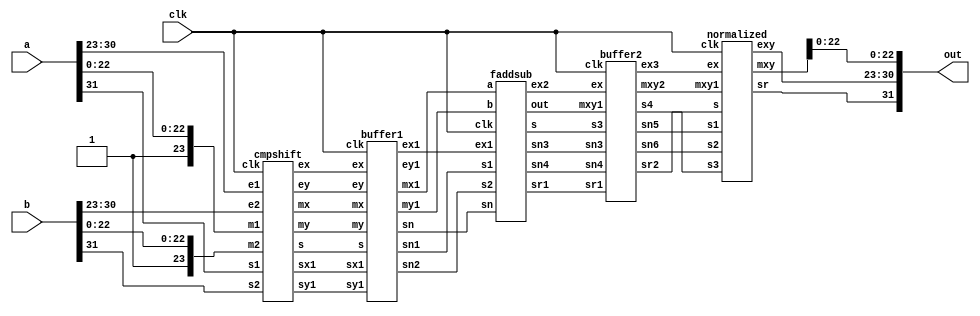
module fpadd(a,b,clk,out);
input[31:0]a,b;
input clk;
output [31:0]out;
wire [7:0]e1,e2,ex,ey,exy,ex1,ey1,ex2,ex3;
wire s1,s2,s,s3,sr,sn,s4,sx1,sy1,sn1,sn2,sn3,sn4,sr1,sr2,sn5,sn6;
wire [23:0]m1,m2,mx,my,mxy,mx1,my1;
wire [24:0]mxy1,mxy2;
assign s1=a[31];
assign s2=b[31];
assign e1=a[30:23];
assign e2=b[30:23];
assign m1[23]=1'b1;
assign m2[23]=1'b1;
assign m1[22:0]=a[22:0];
assign m2[22:0]=b[22:0];


//submodule for compare and shfit
cmpshift as(e1[7:0],e2[7:0],s1,s2,m1[23:0],m2[23:0],clk,ex,ey,mx,my,s,sx1,sy1);

buffer1 buff1(ex,ey,sx1,sy1,mx,my,s,clk,ex1,ey1,mx1,my1,sn,sn1,sn2);

//sub module for mantissa addition snd subtraction
faddsub as1(mx1,my1,sn1,sn2,sn,ex1,clk,mxy1,ex2,sn3,sn4,s3,sr1);

buffer2 buff2(mxy1,s3,sr1,ex2,sn3,sn4,clk,mxy2,ex3,sn5,sn6,s4,sr2);

//sub module for normalization
normalized as2(mxy2,sr2,sn5,sn6,s4,clk,ex3,sr,exy,mxy);

assign out={sr,exy,mxy[22:0]};

endmodule

module buffer2(mxy1,s3,sr1,ex,sn3,sn4,clk,mxy2,ex3,sn5,sn6,s4,sr2);
input [24:0]mxy1;
input s3,clk,sr1,sn3,sn4;
input [7:0]ex;
output reg[24:0]mxy2;
output reg[7:0]ex3;
output reg s4,sn5,sn6,sr2;
always@(posedge clk)
begin
    sr2=sr1;
    sn5=sn3;
    sn6=sn4;
    ex3=ex;
    mxy2=mxy1;
    s4=s3;
end
endmodule

module buffer1(ex,ey,sx1,sy1,mx,my,s,clk,ex1,ey1,mx1,my1,sn,sn1,sn2);
input [7:0]ex,ey;
input [23:0]mx,my;
input s,clk,sx1,sy1;
output reg [7:0]ex1,ey1;
output reg [23:0]mx1,my1;
output reg sn,sn1,sn2;
always@(posedge clk)
begin
    sn1=sx1;
    sn2=sy1;
    ex1=ex;
    ey1=ey;
    mx1=mx;
    my1=my;
    sn=s;
end
endmodule

module normalized(mxy1,s,s1,s2,s3,clk,ex,sr,exy,mxy);
input[24:0]mxy1;
input s,s1,s2,s3,clk;
input[7:0]ex;
output reg sr;
output reg[7:0]exy;
output reg[23:0]mxy;
reg [24:0]mxy2;
always@(posedge clk)
begin
    sr=s?s1^(mxy1[24]&s3):s2^(mxy1[24]&s3);
    mxy2=(mxy1[24]&s3)?~mxy1+25'b1:mxy1;
    mxy=mxy2[24:1];
    exy=ex;
    repeat(24)
    begin
    if(mxy[23]==1'b0)
    begin
        mxy=mxy<<1'b1;
        exy=exy-8'b1;
    end
    end
end
endmodule

module faddsub(a,b,s1,s2,sn,ex1,clk,out,ex2,sn3,sn4,s,sr1); //submodule for addition or subtraction
input [23:0]a,b;
input[7:0]ex1;
input s1,s2,clk,sn;
output reg [7:0]ex2;
output reg[24:0]out;
output reg s,sn3,sn4,sr1;
always@(posedge clk)
begin
    ex2=ex1;
    sr1=sn;
    sn3=s1;
    sn4=s2;
    s=s1^s2;
    if(s)
    begin
        out=a-b;
    end
    else
    begin
        out=a+b;
    end
end
endmodule


module cmpshift(e1,e2,s1,s2,m1,m2,clk,ex,ey,mx,my,s,sx1,sy1); //module for copare &shift
input [7:0]e1,e2;
input [23:0]m1,m2;
input clk,s1,s2;
output reg[7:0]ex,ey;
output reg[23:0]mx,my;
output reg s,sx1,sy1;
reg [7:0]diff;
always@(posedge clk)
begin
    sx1=s1;
    sy1=s2;
    if(e1==e2)
    begin
        ex=e1+8'b1;
        ey=e2+8'b1;
        mx=m1;
        my=m2;
        s=1'b1;
    end
    else if(e1>e2)
    begin
        diff=e1-e2;
        ex=e1+8'b1;
        ey=e1+8'b1;
        mx=m1;
        my=m2>>diff;
        s=1'b1;
    end
    else
    begin
        diff=e2-e1;
        ex=e2+8'b1;
        ey=e2+8'b1;
        mx=m2;
        my=m1>>diff;
        s=1'b0;
    end
end
endmodule